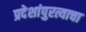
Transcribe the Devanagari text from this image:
प्रदेशांपुरत्याचा